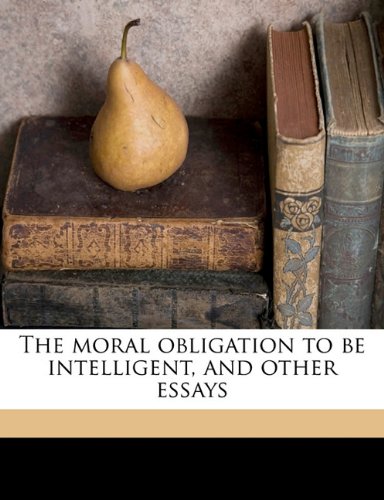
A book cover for The moral obligation to be intelligent, and other essays; John Erskine; Crafts, Hobbies & Home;